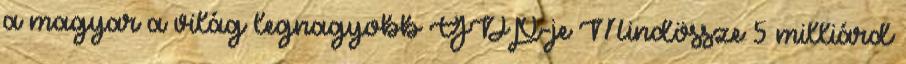
a magyar a világ legnagyobb GDP-je Mindössze 5 milliárd